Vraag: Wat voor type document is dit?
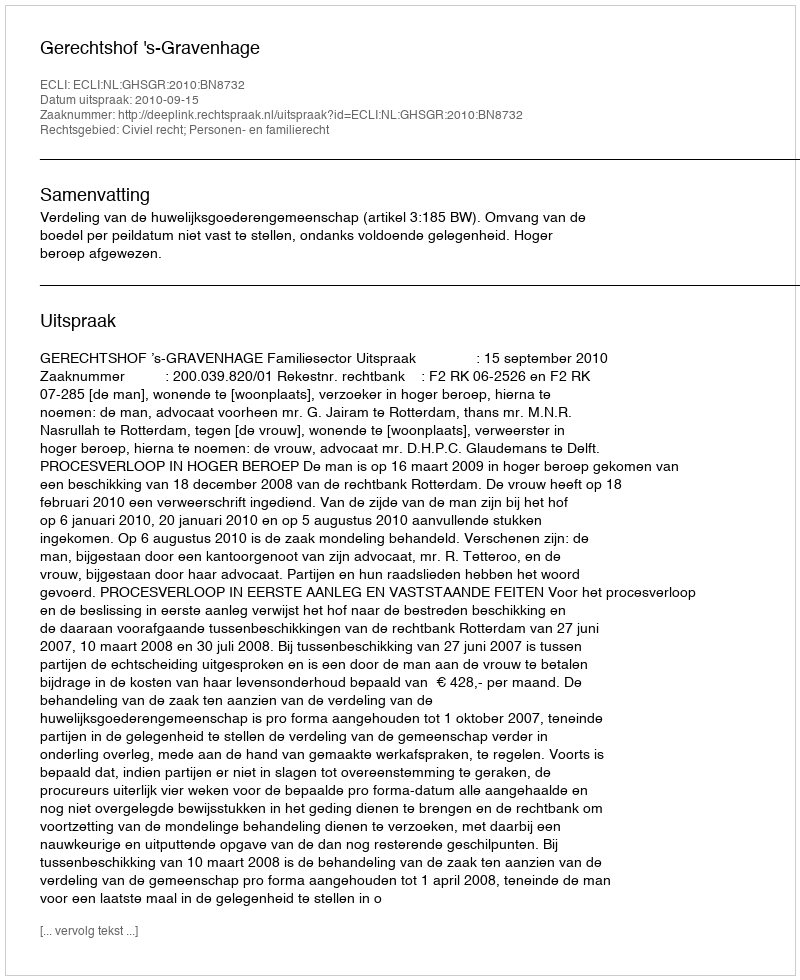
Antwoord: Uitspraak